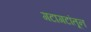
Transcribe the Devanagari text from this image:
गटागटांतून